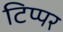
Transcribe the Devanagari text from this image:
टिप्पर